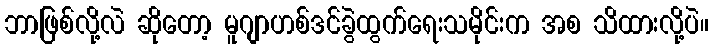
ဘာဖြစ်လို့လဲ ဆိုတော့ မူဂျာဟစ်ဒင်ခွဲထွက်ရေးသမိုင်းက အစ သိထားလို့ပဲ။